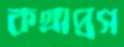
কথাপ্রস